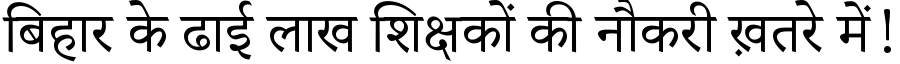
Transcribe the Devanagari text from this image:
बिहार के ढाई लाख शिक्षकों की नौकरी ख़तरे में!